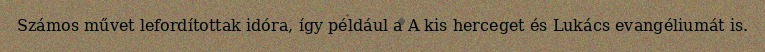
Számos művet lefordítottak idóra, így például a A kis herceget és Lukács evangéliumát is.